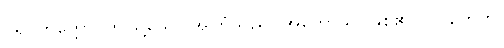
ပရိဝိတက္ကော၊ ဤသို့သော အကြံသည်။ အဟောသိ၊ ဖြစ်၏။ ပ။ တေဟိ၊